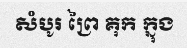
សំបូរ ព្រៃ គុក ក្នុង